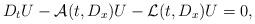
LaTeX: \begin{align*}D_tU-\mathcal{A}(t,D_x)U-\mathcal{L}(t,D_x)U=0,\end{align*}